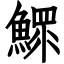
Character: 鰥